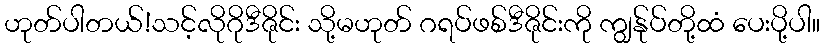
ဟုတ်ပါတယ်!သင့်လိုဂိုဒီဇိုင်း သို့မဟုတ် ဂရပ်ဖစ်ဒီဇိုင်းကို ကျွန်ုပ်တို့ထံ ပေးပို့ပါ။